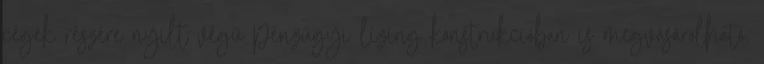
cégek részére nyílt végű pénzügyi lízing konstrukcióban is megvásárolható.